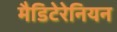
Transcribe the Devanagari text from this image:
मैडिटेरेनियन